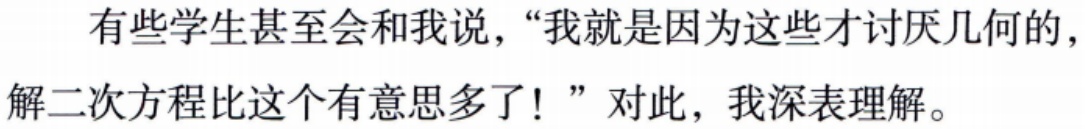
有些学生甚至会和我说，“我就是因为这些才讨厌几何的，解二次方程比这个有意思多了！”对此，我深表理解。